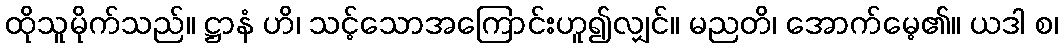
ထိုသူမိုက်သည်။ ဋ္ဌာနံ ဟိ၊ သင့်သောအကြောင်းဟူ၍လျှင်။ မညတိ၊ အောက်မေ့၏။ ယဒါ စ၊